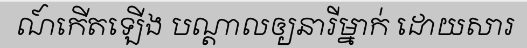
ណ៍កើតឡើង បណ្តាលឲ្យនារីម្នាក់ ដោយសារ